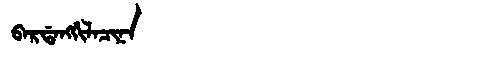
Manchu: ᠪᠠᡵᡩᠠᠩᡤᡳᠯᠠᠴᡳᠨᠠ
Romanization: BARDANGGILACINA